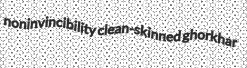
noninvincibility clean-skinned ghorkhar